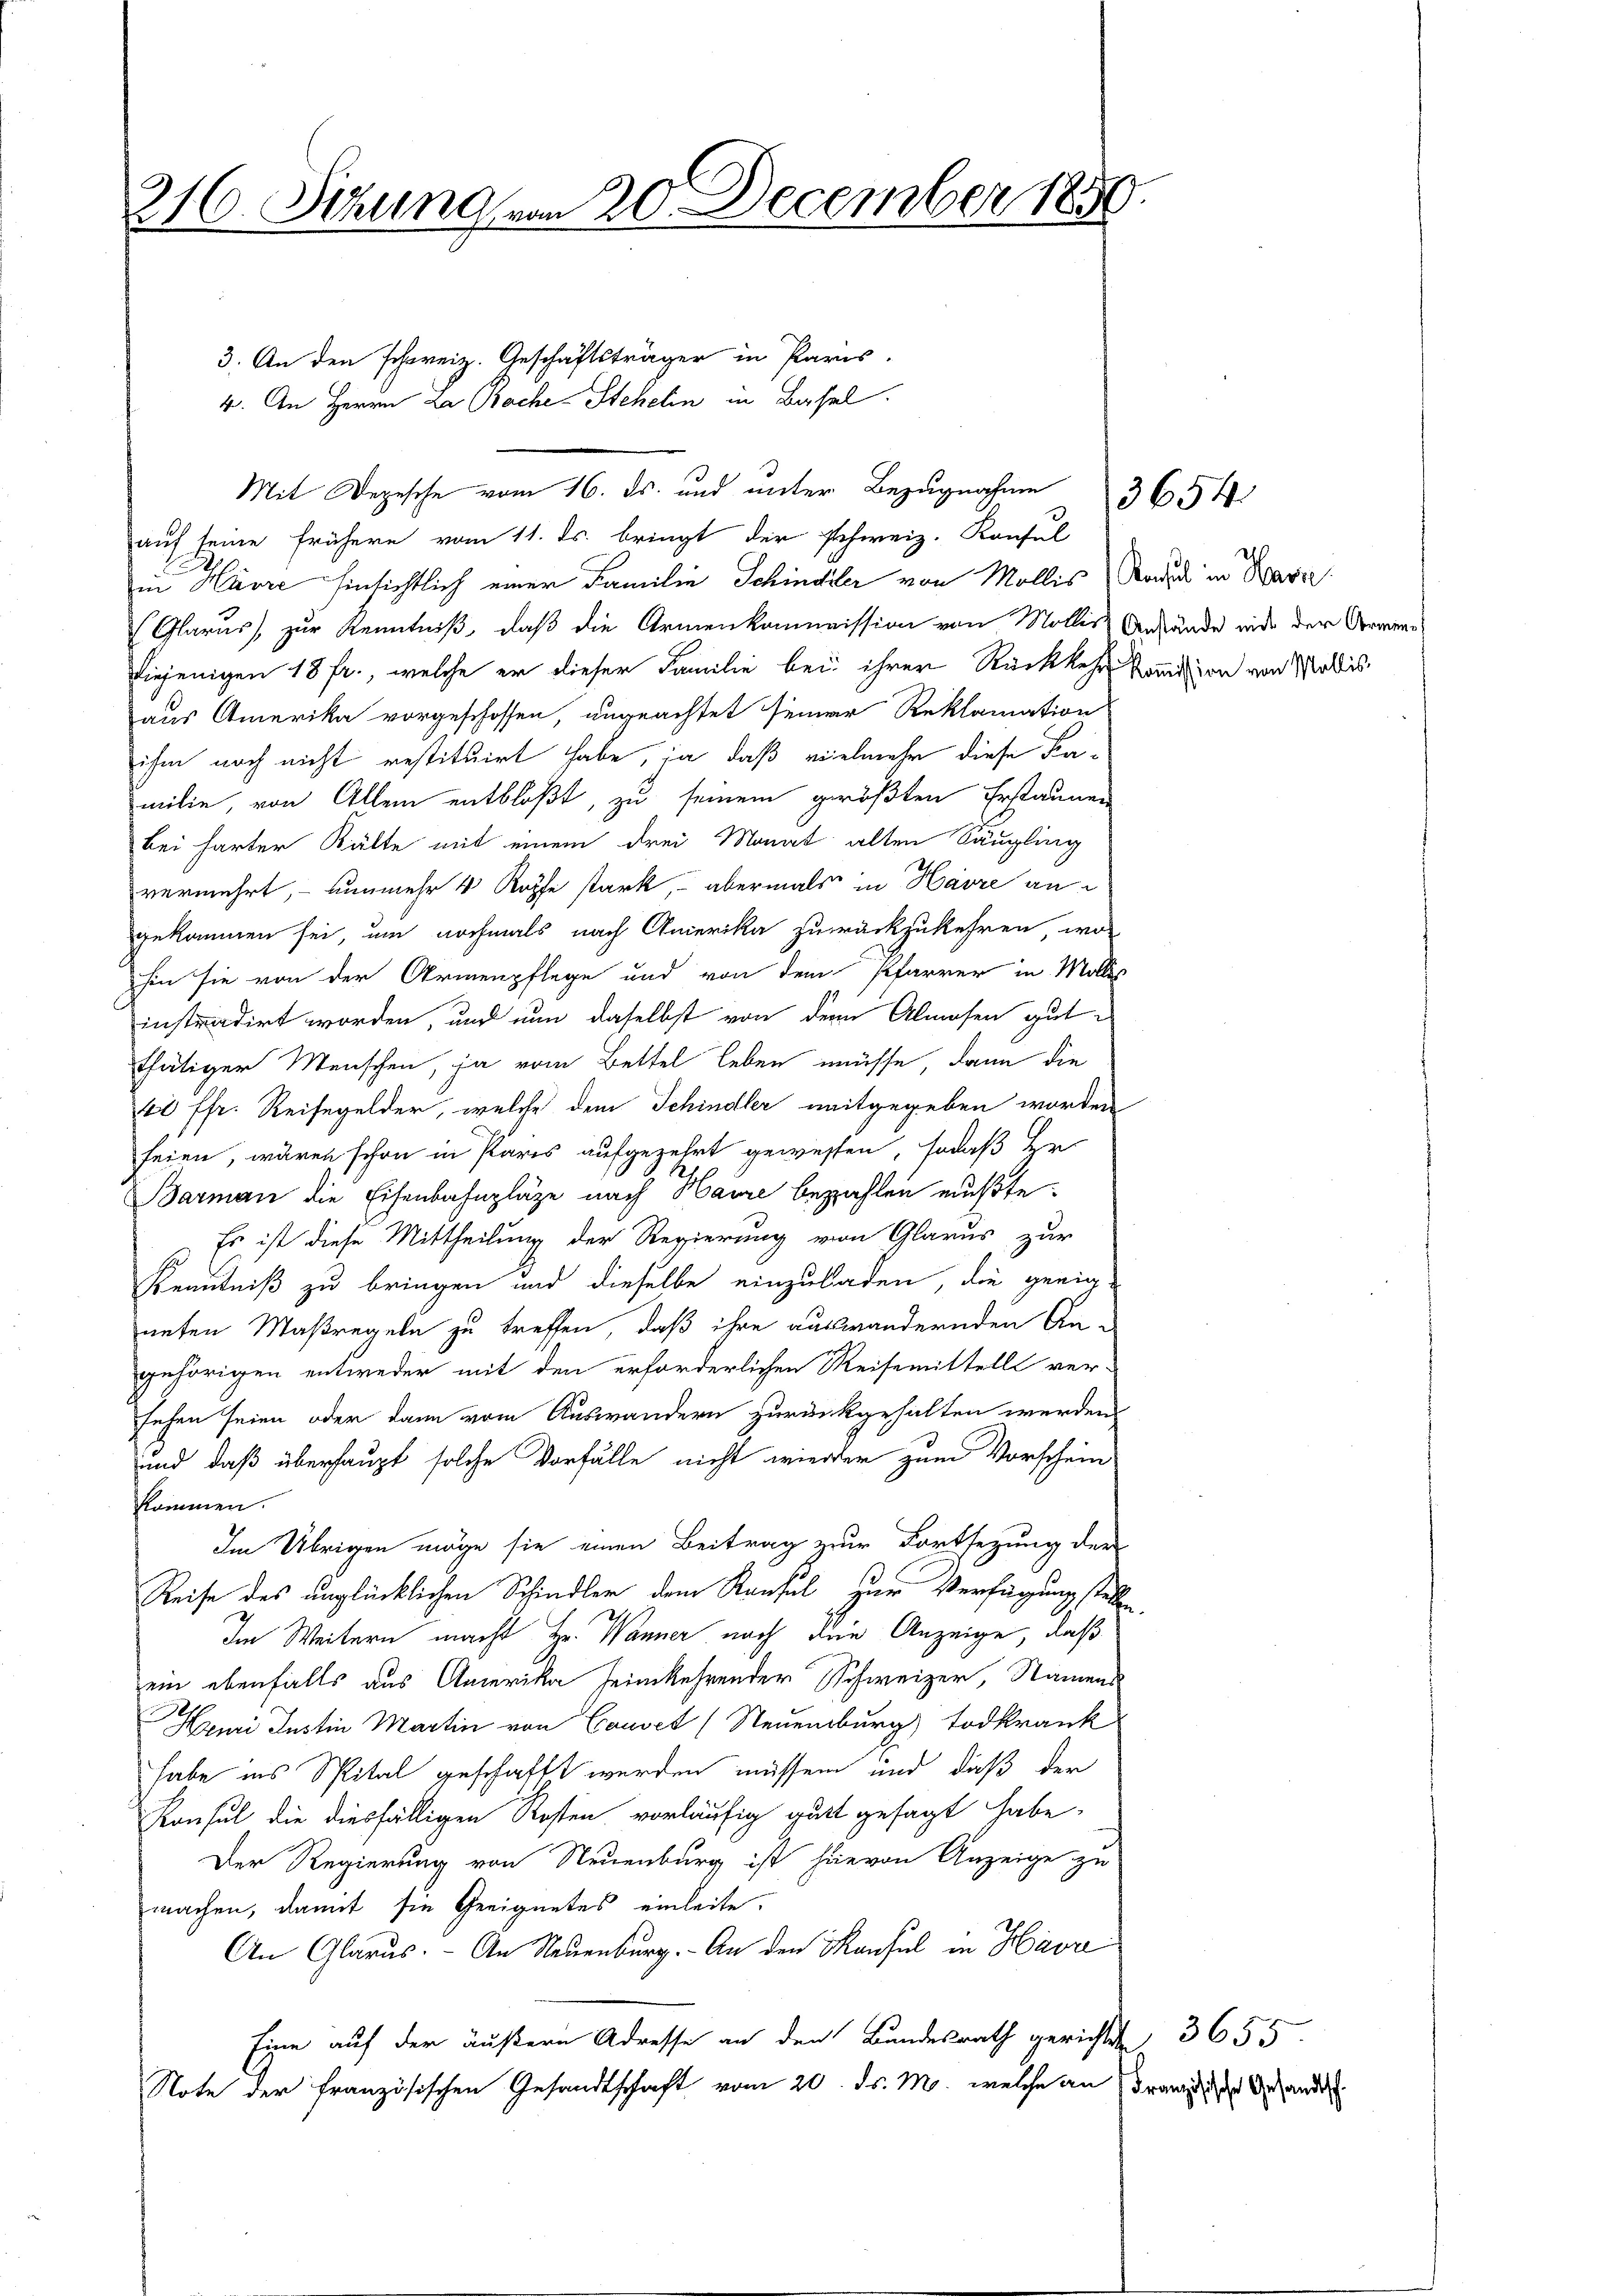
216. Sitzung vom 20. December 1850.

3. An den schweiz. Geschäftsträger in Paris.
auf seine frühere vom 11. ds. bringt der schweiz. Konfel
in Havre hinsichtlich einer Familie Schindler von Mollis Rodels in Base
Glarus, zur Kenntniß, daß die Armenkommission von Mollis Anstände nid der Armen
diejenigen 18 fr., welche er dieser Familie bei ihrer Rückkehr kommission von Wallis
aus Amerika vorgeschossen, ungeachtet seiner Reklamation
ihm noch nicht restituirt habe, ja, daß vielmehr diese Familie, von Allem entblößt, zu seinem größten Erstaunen
bei harter Kälte mit einem drei Monat alten Säugling
vermehrt, – nunmehr 4 Kopfe stark, - abermals in Havre an
gekommen sei, um nochmals nach Amerika zurückzukehren, wo
hin sie von der Armenpflege und von dem Pfarrer in Mollis
instradirt worden, und nun daselbst von dem Almosen gut
thätiger Menschen, ja vom Bettel leben müsse, dann die
61 ffr. Reisegelder, welche dem Schindler mitgegeben worden
seien, wären schon in Paris aufgezehrt gewessen, sodaß Her
2
Barmann die Eisenbahnplätze nach Baure bezahlen mußte.
Es ist diese Mittheilung der Regierung von Glarus zur
Kenntniß zu bringen und dieselbe einzuladen, die geeigneten Maßregeln zu treffen, daß ihre auswandernden An-
gehörigen entweder mit den erforderlichen Reisemittellt ver-
sehen seien oder dann vom Auswandern zurückgehalten werden,
und daß überhaupt solche Vorfälle nicht wieder zum Vorschein
kommen.
Im Übrigen möge sie einen Beitrag zur Fortsetzung der
Reise des unglücklichen Schindler dem Konsul zur Verfügung stellen,
Im Weitern macht Hr. Wanner nach den Anzeige, daß
ein ebenfalls aus Amerika heimkehrender Schweizer, Namens
Hami Justin Martin von Causel (Neuenburg) Todkrank
habe ins Spital geschafft werden müssen und daß der
Konsul die diesfälligen Kosten vorläufig gutt gesagt habe,
Der Regierung von Neuenburg ist hievon Anzeige zu
machen, damit sie geeignetes einleite.
An Glarus. - An Neuenburg. An den Konsul in Hava
Eine auf der äußern Adresse an den Bundesrath gerichtete 3655.
Note der französischen Gesandtschaft vom 20. ds. M. welche an Franz der Behander

4. An Herrn La Rache Stehelin in Basel.

Mit Depesche vom 16. ds. und unter Bezugnahme

3654

h